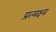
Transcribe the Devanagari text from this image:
प्रत्यक्ष्य